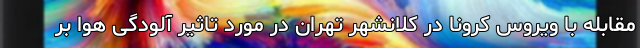
مقابله با ویروس کرونا در کلانشهر تهران در مورد تاثیر آلودگی هوا بر